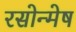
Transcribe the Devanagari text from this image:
रसोन्मेष